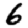
Digit: 6